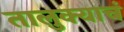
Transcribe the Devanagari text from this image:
तालुक्याचं